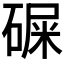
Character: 𥔔